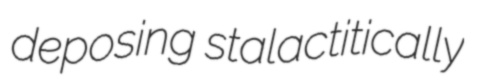
deposing stalactitically